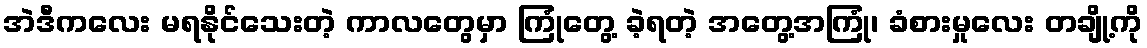
အဲဒီကလေး မရနိုင်သေးတဲ့ ကာလတွေမှာ ကြုံတွေ့ ခဲ့ရတဲ့ အတွေ့အကြုံ၊ ခံစားမှုလေး တချို့ကို